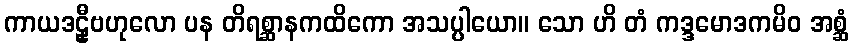
ကာယဒဠှီဗဟုလော ပန တိရစ္ဆာနကထိကော အသပ္ပါယော။ သော ဟိ တံ ကဒ္ဒမောဒကမိဝ အစ္ဆံ